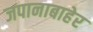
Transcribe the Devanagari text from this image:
जपानाबाहेर